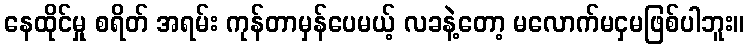
နေထိုင်မှု စရိတ် အရမ်း ကုန်တာမှန်ပေမယ့် လခနဲ့တော့ မလောက်မငှမဖြစ်ပါဘူး။